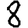
Digit: 8